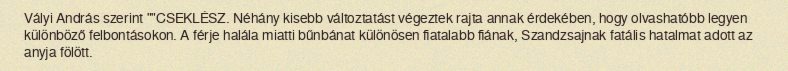
Vályi András szerint ""CSEKLÉSZ. Néhány kisebb változtatást végeztek rajta annak érdekében, hogy olvashatóbb legyen különböző felbontásokon. A férje halála miatti bűnbánat különösen fiatalabb fiának, Szandzsajnak fatális hatalmat adott az anyja fölött.